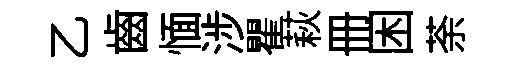
乙齒愐涉瞿萩册困荼